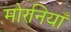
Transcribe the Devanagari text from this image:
मोरनियाँ